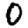
Digit: 0